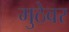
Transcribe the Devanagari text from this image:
मुठेवर